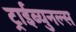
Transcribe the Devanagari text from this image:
ट्राईब्युनल्स